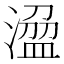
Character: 𣻭